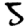
Digit: 5